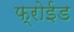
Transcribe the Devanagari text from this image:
फ्रोईड